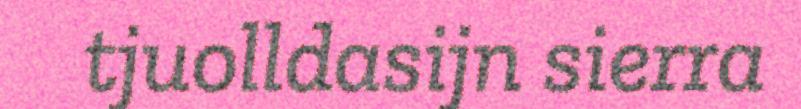
tjuolldasijn sierra